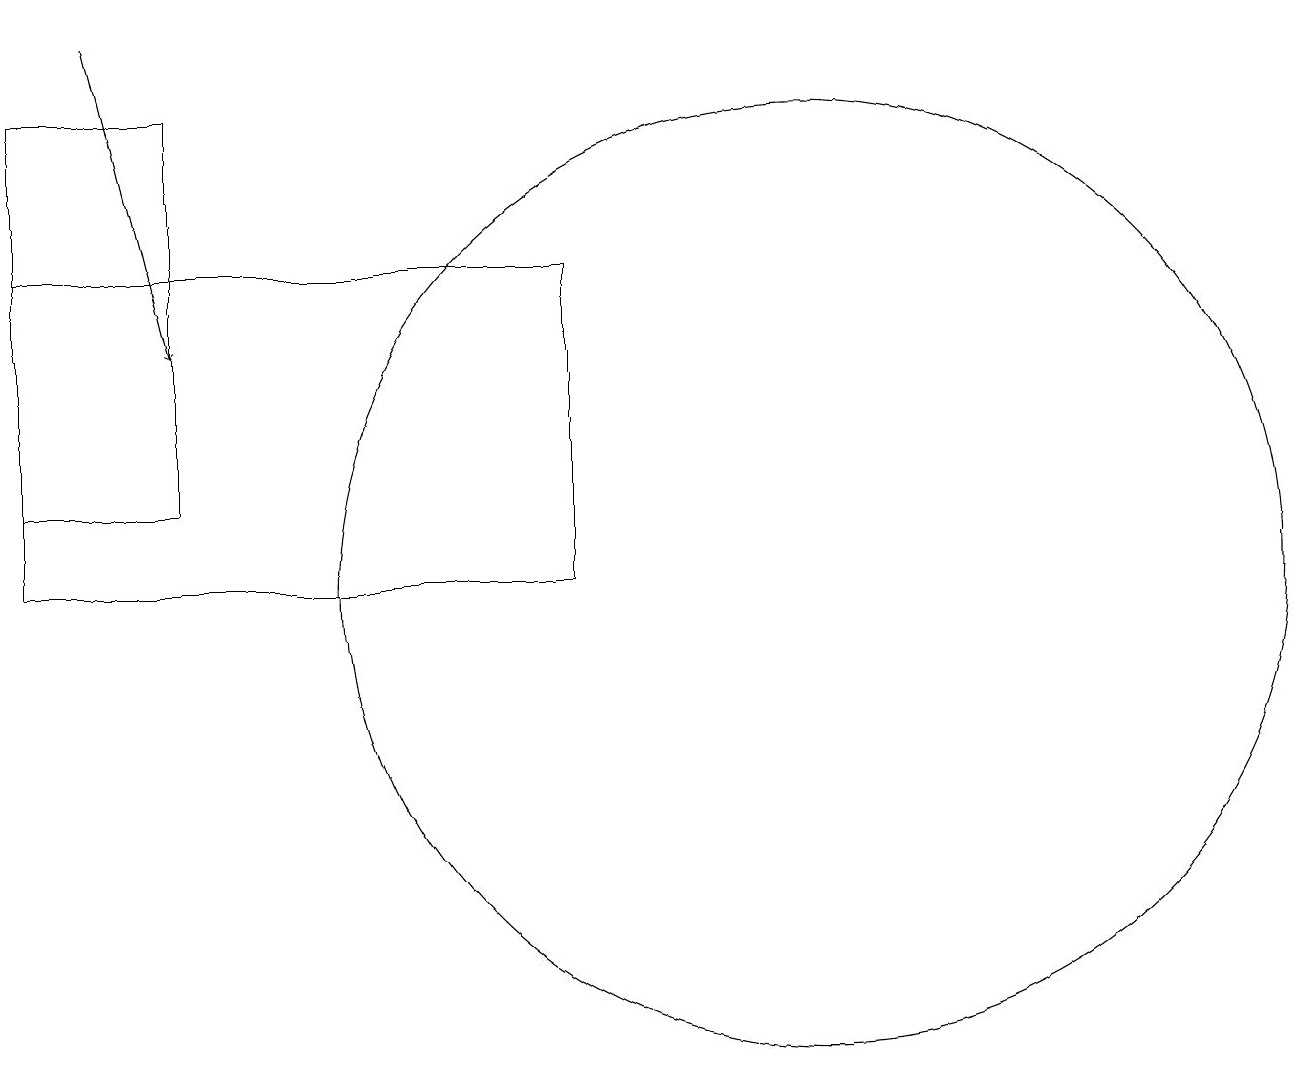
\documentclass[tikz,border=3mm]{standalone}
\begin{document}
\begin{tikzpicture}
\draw[->] (1,18) -- (2,14);
\draw (0,11) rectangle (7,15);
\draw (0,12) rectangle (2,17);
\draw (10,11) circle (6);
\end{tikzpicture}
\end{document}